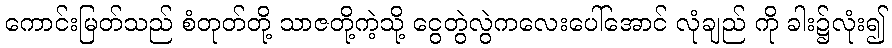
ကောင်းမြတ်သည် စံတုတ်တို့ သာဇတို့ကဲ့သို့ ငွေတွဲလွဲကလေးပေါ်အောင် လုံချည် ကို ခါး၌လုံး၍